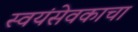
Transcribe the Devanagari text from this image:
स्वयंसेवकाचा